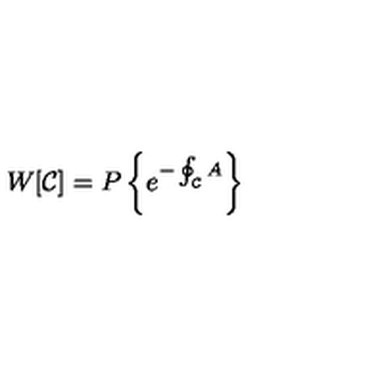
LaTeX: W [ { \cal C } ] = P \left\{ e ^ { - \oint _ { \cal C } A } \right\}